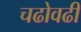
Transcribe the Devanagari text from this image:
चढोवढी